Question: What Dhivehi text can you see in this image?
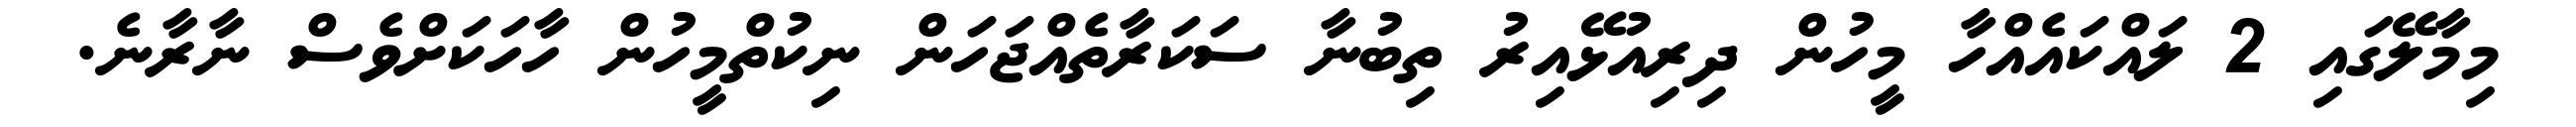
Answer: މިމާލޭގައި 2 ލައްކައެއްހާ މީހުން ދިރިއުޅޭއިރު ތިބުނާ ސަކަރާތެއްޖަހަން ނިކުތްމީހުން ހާހަކަށްވެސް ނާރާނެ.